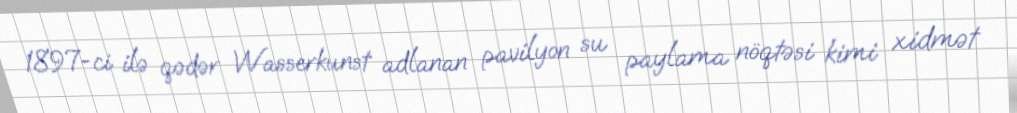
1897-ci ilə qədər Wasserkunst adlanan pavilyon su paylama nöqtəsi kimi xidmət